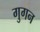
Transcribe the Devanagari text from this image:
गुगन